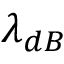
\lambda _ { d B }